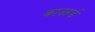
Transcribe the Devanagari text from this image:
काउहर्ड